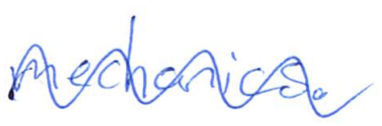
Text: mechanics.
Cross-out: wave
Writing tool: ballpoint